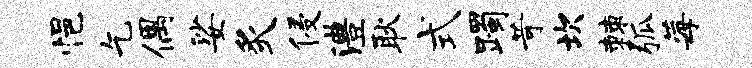
悒乞偶娑炙侵澧耿式躅苛坎棘弧莓